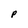
Character: P